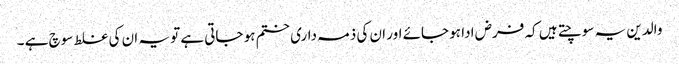
والدین یہ سوچتے ہیں کہ فرض ادا ہو جائے اور ان کی ذمہ داری ختم ہو جاتی ہے تو یہ ان کی غلط سوچ ہے ۔